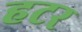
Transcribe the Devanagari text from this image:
हटर